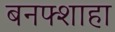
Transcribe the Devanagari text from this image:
बनफ्शाहा